Leaving Certificate Examination, 1911
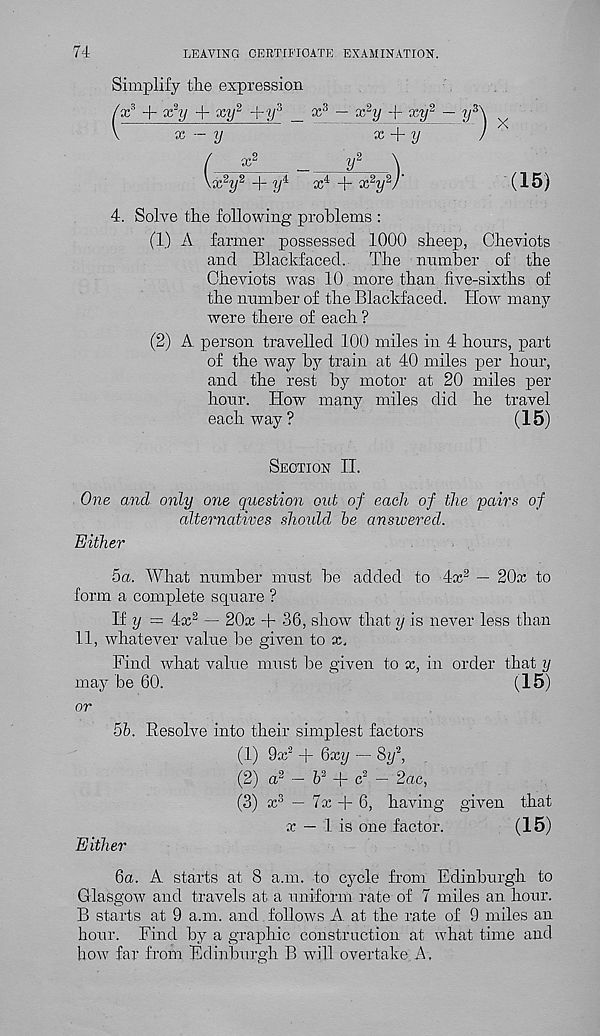
74
LEAVING CERTIFICATE EXAMINATION.
Simplify the expression
cc 3 + x*y + xy 2 +y s _ x 3 — x 2 y -f xy 2
x — y
x,
y
x 2
_
i/ 2
\
x 2 y 2 + i/ 4
x 4 + x 2 y 2 )'
4. Solve the following problems :
(1) A farmer possessed 1000 sheep, Cheviots
and Blackfaced. The number of the
Cheviots was 10 more than five-sixths of
the number of the Blackfaced. How many
were there of each ?
(2) A person travelled 100 miles in 4 hours, part
of the way by train at 40 miles per hour,
and the rest by motor at 20 miles per
hour. How many miles did he travel
each way?
(15)
Section II.
One and only one question out of each of the pairs of
alternatives should be answered.
Either
5a. What number must be added to 4x 2 — 20x to
form a complete square ?
If y ~ 4x 2 — 20x + 36, show that y is never less than
11, whatever value be given to x.
Find what value must be given to x, in order that y
may be 60.
(15)
or
5b. Resolve into their simplest factors
(1) 9x 2 + 6xi/ — Sy 2 ,
(2) a 2 — 6 2 + c 2 — 2ac,
(3) x 3 — 7x + 6, having given that
x — 1 is one factor.
(15)
Either
6a. A starts at 8 a.m. to cycle from Edinburgh to
Glasgow and travels at a uniform rate of 7 miles an hour.
B starts at 9 a.m. and follows A. at the rate of 9 miles an
hour. Find by a graphic construction at what time and
how far from Edinburgh B will overtake A,
- y*
X
(15)